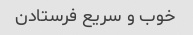
خوب و سریع فرستادن